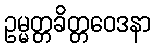
ဥမ္မတ္တခိတ္တဝေဒနာ